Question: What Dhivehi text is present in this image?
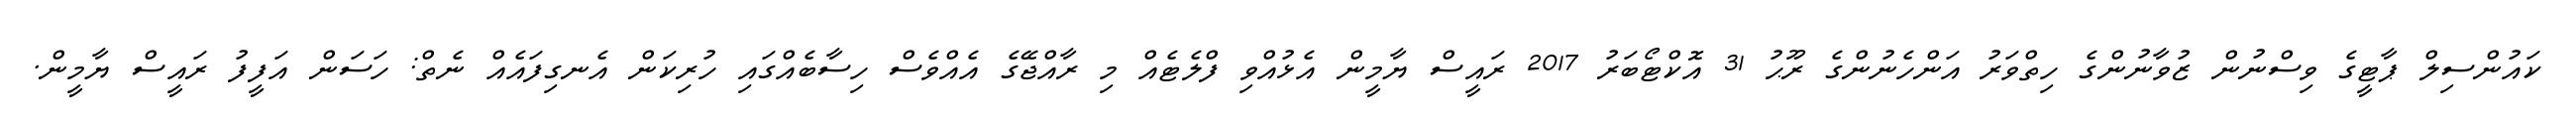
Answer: ކައުންސިލް ޕާޓީގެ ވިސްނުން ޒުވާނުންގެ ހިތްވަރު އަންހެނުންގެ ރޫޙު 31 އޮކްޓޯބަރު 2017 ރައީސް ޔާމީން އެޅުއްވި ފްލެޓެއް މި ރާއްޖޭގެ އެއްވެސް ހިސާބެއްގައި ހުރިކަން އެނގިފައެއް ނެތް: ހަސަން އަފީފު ރައީސް ޔާމީން.